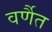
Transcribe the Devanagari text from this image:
वर्णैत